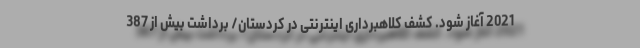
2021 آغاز شود. کشف کلاهبرداری اینترنتی در کردستان/ برداشت بیش از 387